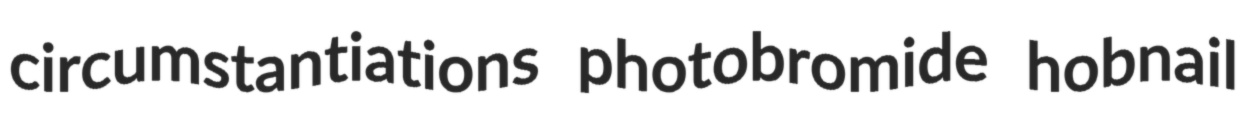
circumstantiations photobromide hobnail